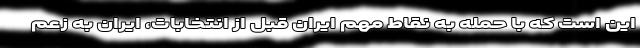
این است که با حمله به نقاط مهم ایران قبل از انتخابات، ایران به زعم